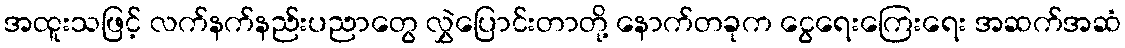
အထူးသဖြင့် လက်နက်နည်းပညာတွေ လွှဲပြောင်းတာတို့ နောက်တခုက ငွေရေးကြေးရေး အဆက်အဆံ